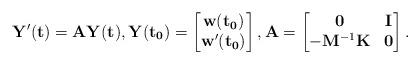
LaTeX: \begin{align*}\mathbf{Y'(t)}=\mathbf{A} \mathbf{Y(t)} , \mathbf{Y(t_0)}=\begin{bmatrix} \mathbf{w(t_0)} \\ \mathbf{w'(t_0)} \end{bmatrix}, \mathbf{A}=\begin{bmatrix}\mathbf{0}&\mathbf{I}\\-\mathbf{M}^{-1}\mathbf{K}&\mathbf{0}\end{bmatrix}.\end{align*}